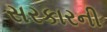
સરકારની